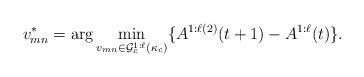
LaTeX: \begin{align*} v_{mn}^* = \arg\min_{v_{mn} \in \mathcal G_c^{1:\ell} (\kappa_c)} \{A^{1:\ell(2) }(t+1)- A^{1:\ell}(t) \}.\end{align*}